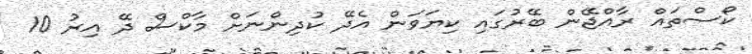
ކޯސްތައް ރާއްޖޭން ބޭރުގައި ކިޔަވަން އެދޭ ކުދިންނަށް މާކްސް ދޭ އިރު 10